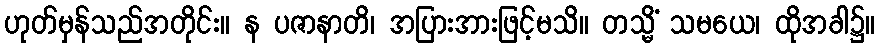
ဟုတ်မှန်သည်အတိုင်း။ န ပဇာနာတိ၊ အပြားအားဖြင့်မသိ။ တသ္မိံ သမယေ၊ ထိုအခါ၌။